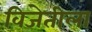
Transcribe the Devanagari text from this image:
विजेतीला